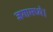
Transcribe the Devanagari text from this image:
जगामध्ये।